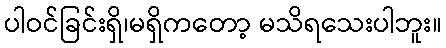
ပါဝင်ခြင်းရှိ၊မရှိကတော့ မသိရသေးပါဘူး။